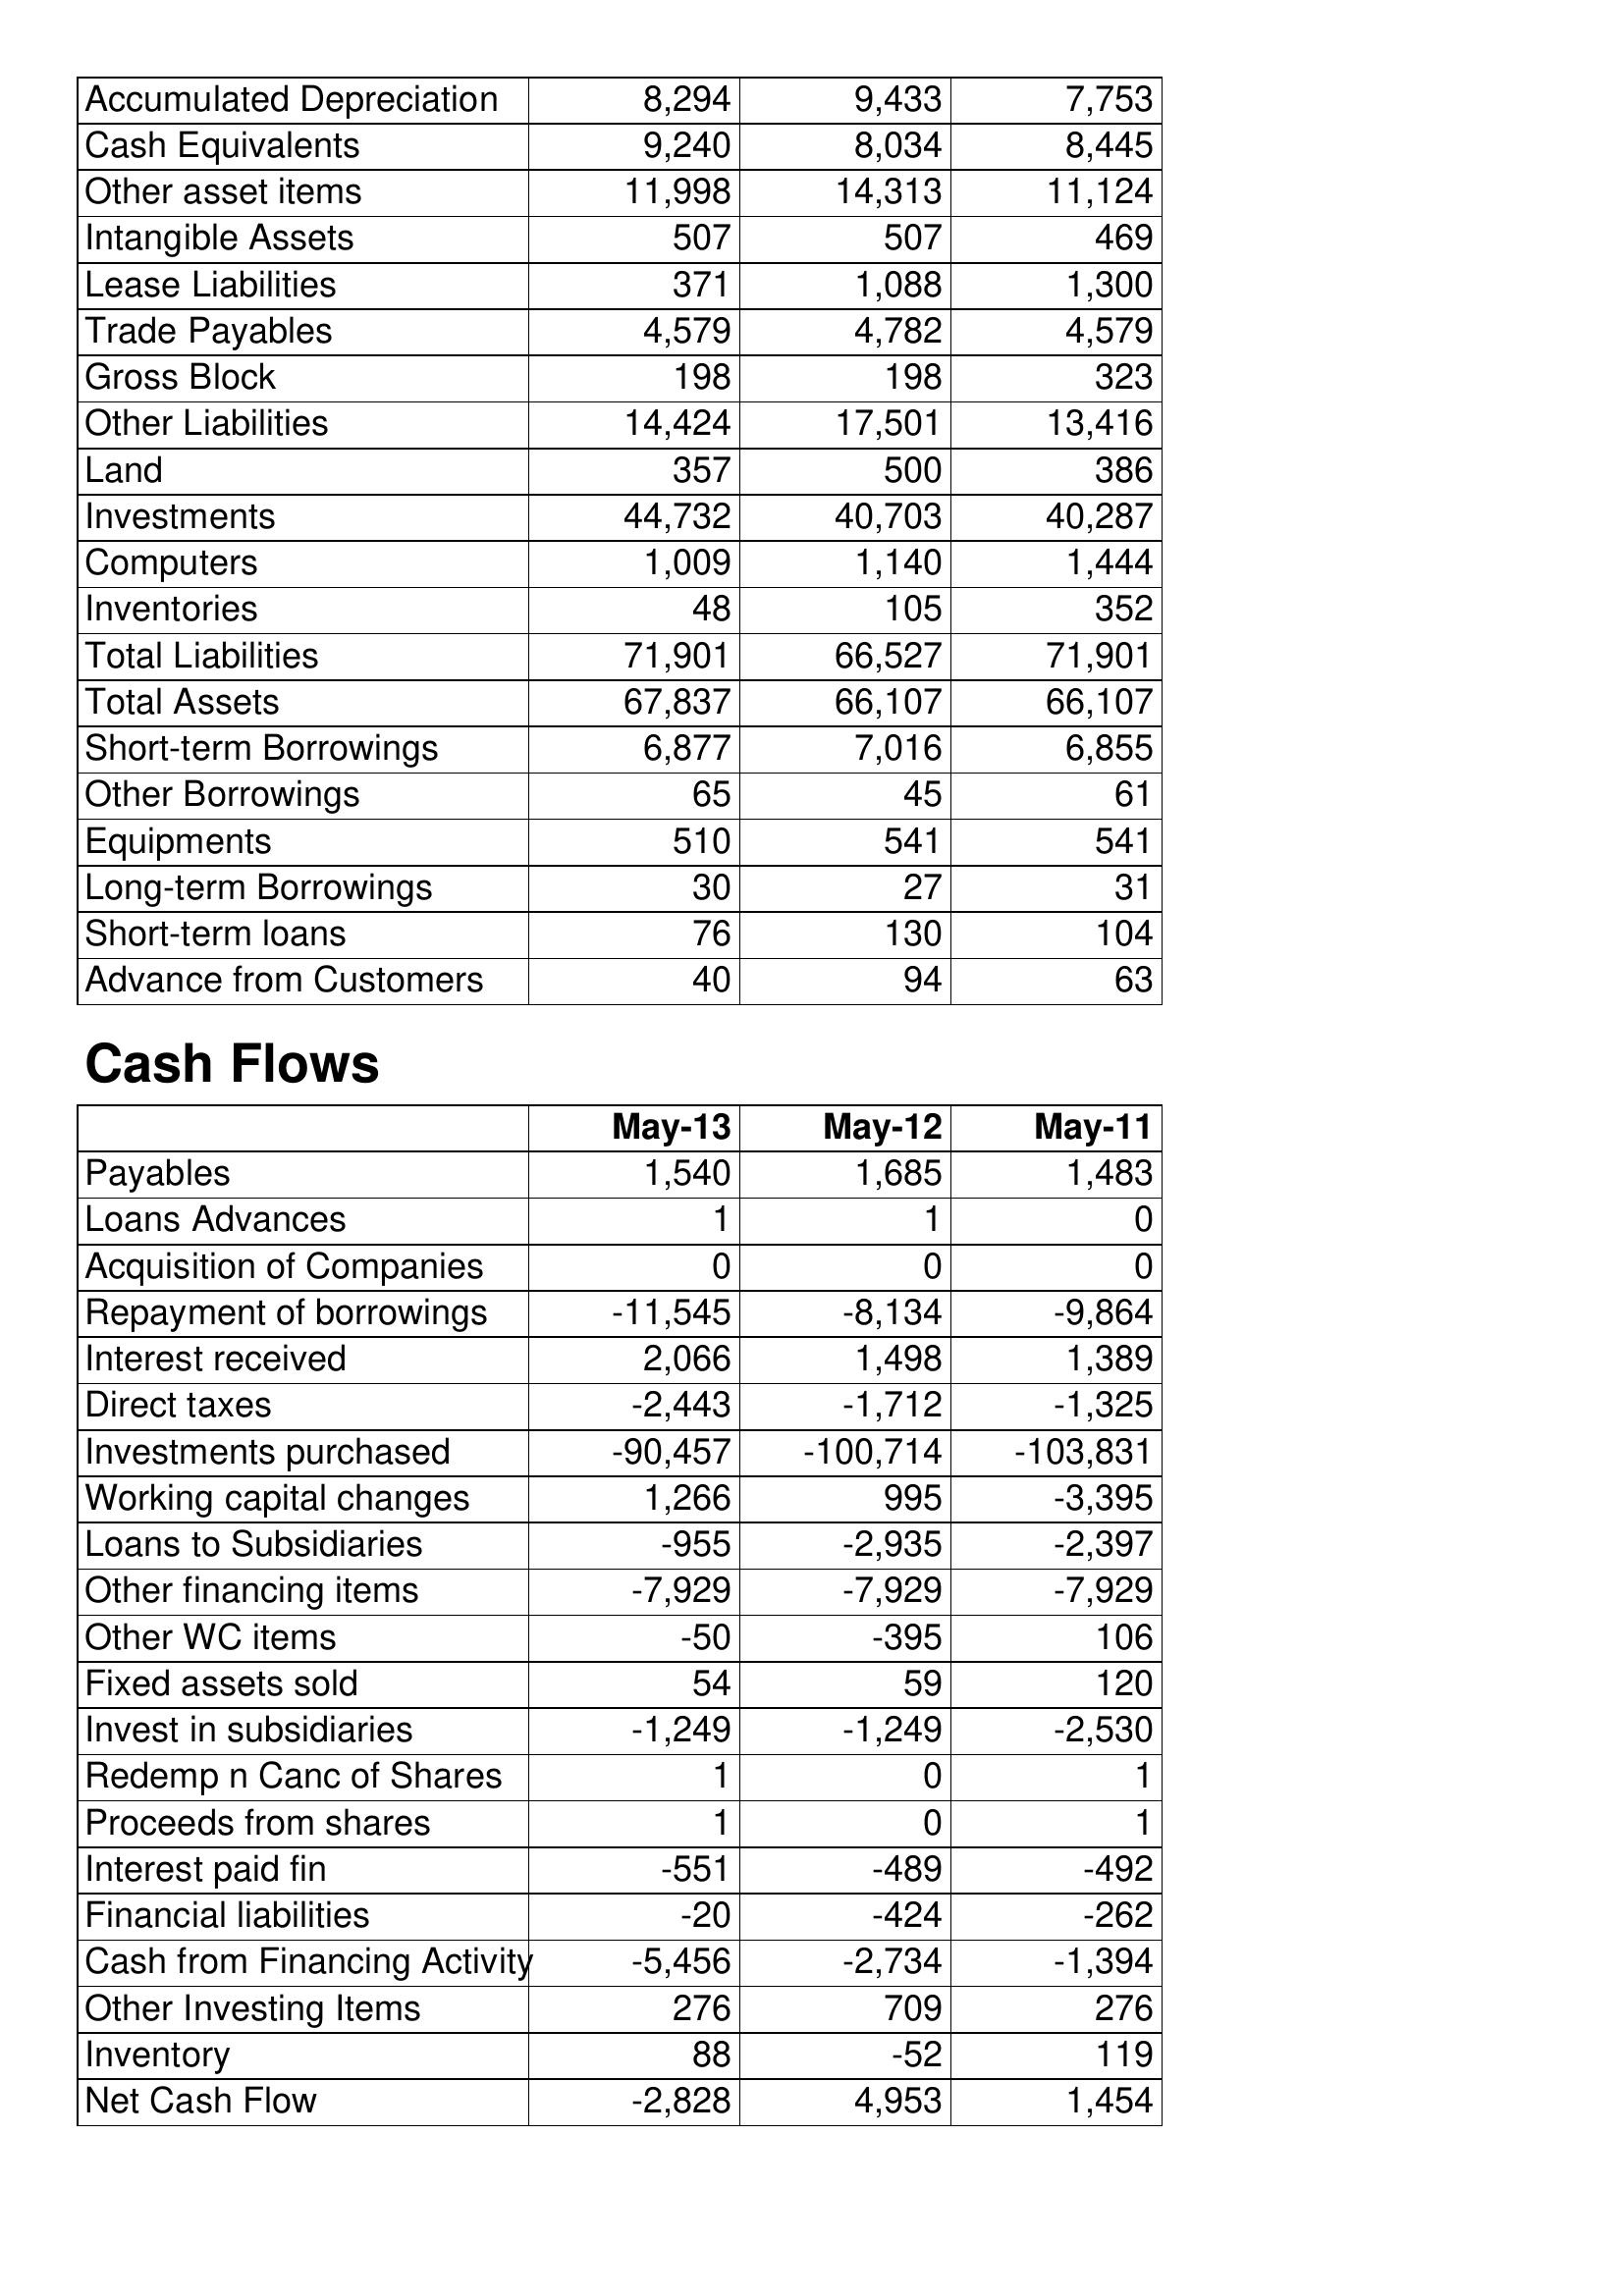
May-13: Balance Sheet: Accumulated Depreciation: 8,294
Cash Equivalents: 9,240
Other asset items: 11,998
Intangible Assets: 507
Lease Liabilities: 371
Trade Payables: 4,579
Gross Block: 198
Other Liabilities: 14,424
Land: 357
Investments: 44,732
Computers: 1,009
Inventories: 48
Total Liabilities: 71,901
Total Assets: 67,837
Short-term Borrowings: 6,877
Other Borrowings: 65
Equipments: 510
Long-term Borrowings: 30
Short-term loans: 76
Advance from Customers: 40
Cash Flows: Payables: 1,540
Loans Advances: 1
Acquisition of Companies: 0
Repayment of borrowings: -11,545
Interest received: 2,066
Direct taxes: -2,443
Investments purchased: -90,457
Working capital changes: 1,266
Loans to Subsidiaries: -955
Other financing items: -7,929
Other WC items: -50
Fixed assets sold: 54
Invest in subsidiaries: -1,249
Redemp n Canc of Shares: 1
Proceeds from shares: 1
Interest paid fin: -551
Financial liabilities: -20
Cash from Financing Activity: -5,456
Other Investing Items: 276
Inventory: 88
Net Cash Flow: -2,828
May-12: Balance Sheet: Accumulated Depreciation: 9,433
Cash Equivalents: 8,034
Other asset items: 14,313
Intangible Assets: 507
Lease Liabilities: 1,088
Trade Payables: 4,782
Gross Block: 198
Other Liabilities: 17,501
Land: 500
Investments: 40,703
Computers: 1,140
Inventories: 105
Total Liabilities: 66,527
Total Assets: 66,107
Short-term Borrowings: 7,016
Other Borrowings: 45
Equipments: 541
Long-term Borrowings: 27
Short-term loans: 130
Advance from Customers: 94
Cash Flows: Payables: 1,685
Loans Advances: 1
Acquisition of Companies: 0
Repayment of borrowings: -8,134
Interest received: 1,498
Direct taxes: -1,712
Investments purchased: -100,714
Working capital changes: 995
Loans to Subsidiaries: -2,935
Other financing items: -7,929
Other WC items: -395
Fixed assets sold: 59
Invest in subsidiaries: -1,249
Redemp n Canc of Shares: 0
Proceeds from shares: 0
Interest paid fin: -489
Financial liabilities: -424
Cash from Financing Activity: -2,734
Other Investing Items: 709
Inventory: -52
Net Cash Flow: 4,953
May-11: Balance Sheet: Accumulated Depreciation: 7,753
Cash Equivalents: 8,445
Other asset items: 11,124
Intangible Assets: 469
Lease Liabilities: 1,300
Trade Payables: 4,579
Gross Block: 323
Other Liabilities: 13,416
Land: 386
Investments: 40,287
Computers: 1,444
Inventories: 352
Total Liabilities: 71,901
Total Assets: 66,107
Short-term Borrowings: 6,855
Other Borrowings: 61
Equipments: 541
Long-term Borrowings: 31
Short-term loans: 104
Advance from Customers: 63
Cash Flows: Payables: 1,483
Loans Advances: 0
Acquisition of Companies: 0
Repayment of borrowings: -9,864
Interest received: 1,389
Direct taxes: -1,325
Investments purchased: -103,831
Working capital changes: -3,395
Loans to Subsidiaries: -2,397
Other financing items: -7,929
Other WC items: 106
Fixed assets sold: 120
Invest in subsidiaries: -2,530
Redemp n Canc of Shares: 1
Proceeds from shares: 1
Interest paid fin: -492
Financial liabilities: -262
Cash from Financing Activity: -1,394
Other Investing Items: 276
Inventory: 119
Net Cash Flow: 1,454